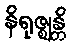
နိရုဇ္ဈန္တိ